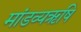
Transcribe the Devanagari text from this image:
मांडव्यऋषि